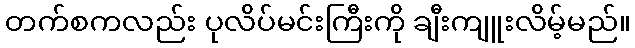
တက်စကလည်း ပုလိပ်မင်းကြီးကို ချီးကျူးလိမ့်မည်။